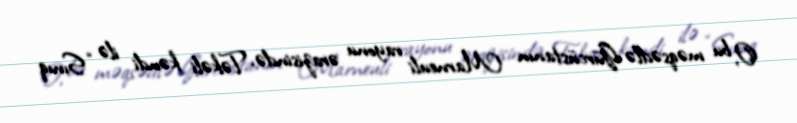
O, bu məqsədlə Gürcüstanın Marneuli rayonu ərazisində, Təkəli kəndi ilə “Sınıq